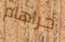
جراهام